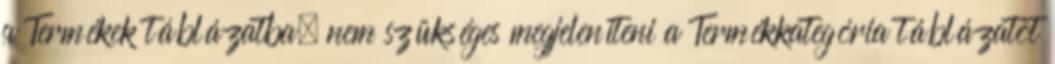
a Termékek táblázatba, nem szükséges megjeleníteni a Termékkategória táblázatot